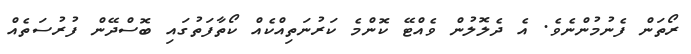
ރޯތަން ފެނުމުންނެވެ. އެ ދެލޮލުން ވެއްޓޭ ކޮންމެ ކަރުނަތިއްކެއް ކޯތާފަތުގައި ބޮސްދޭން ފުރުސަތެއް